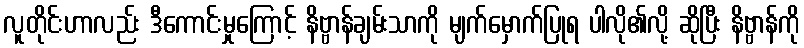
လူတိုင်းဟာလည်း ဒီကောင်းမှုကြောင့် နိဗ္ဗာန်ချမ်းသာကို မျက်မှောက်ပြုရ ပါလို၏လို့ ဆိုပြီး နိဗ္ဗာန်ကို